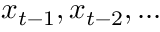
x _ { t - 1 } , x _ { t - 2 } , . . .